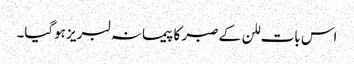
اس بات للن کے صبر کا پیمانہ لبریز ہوگیا۔